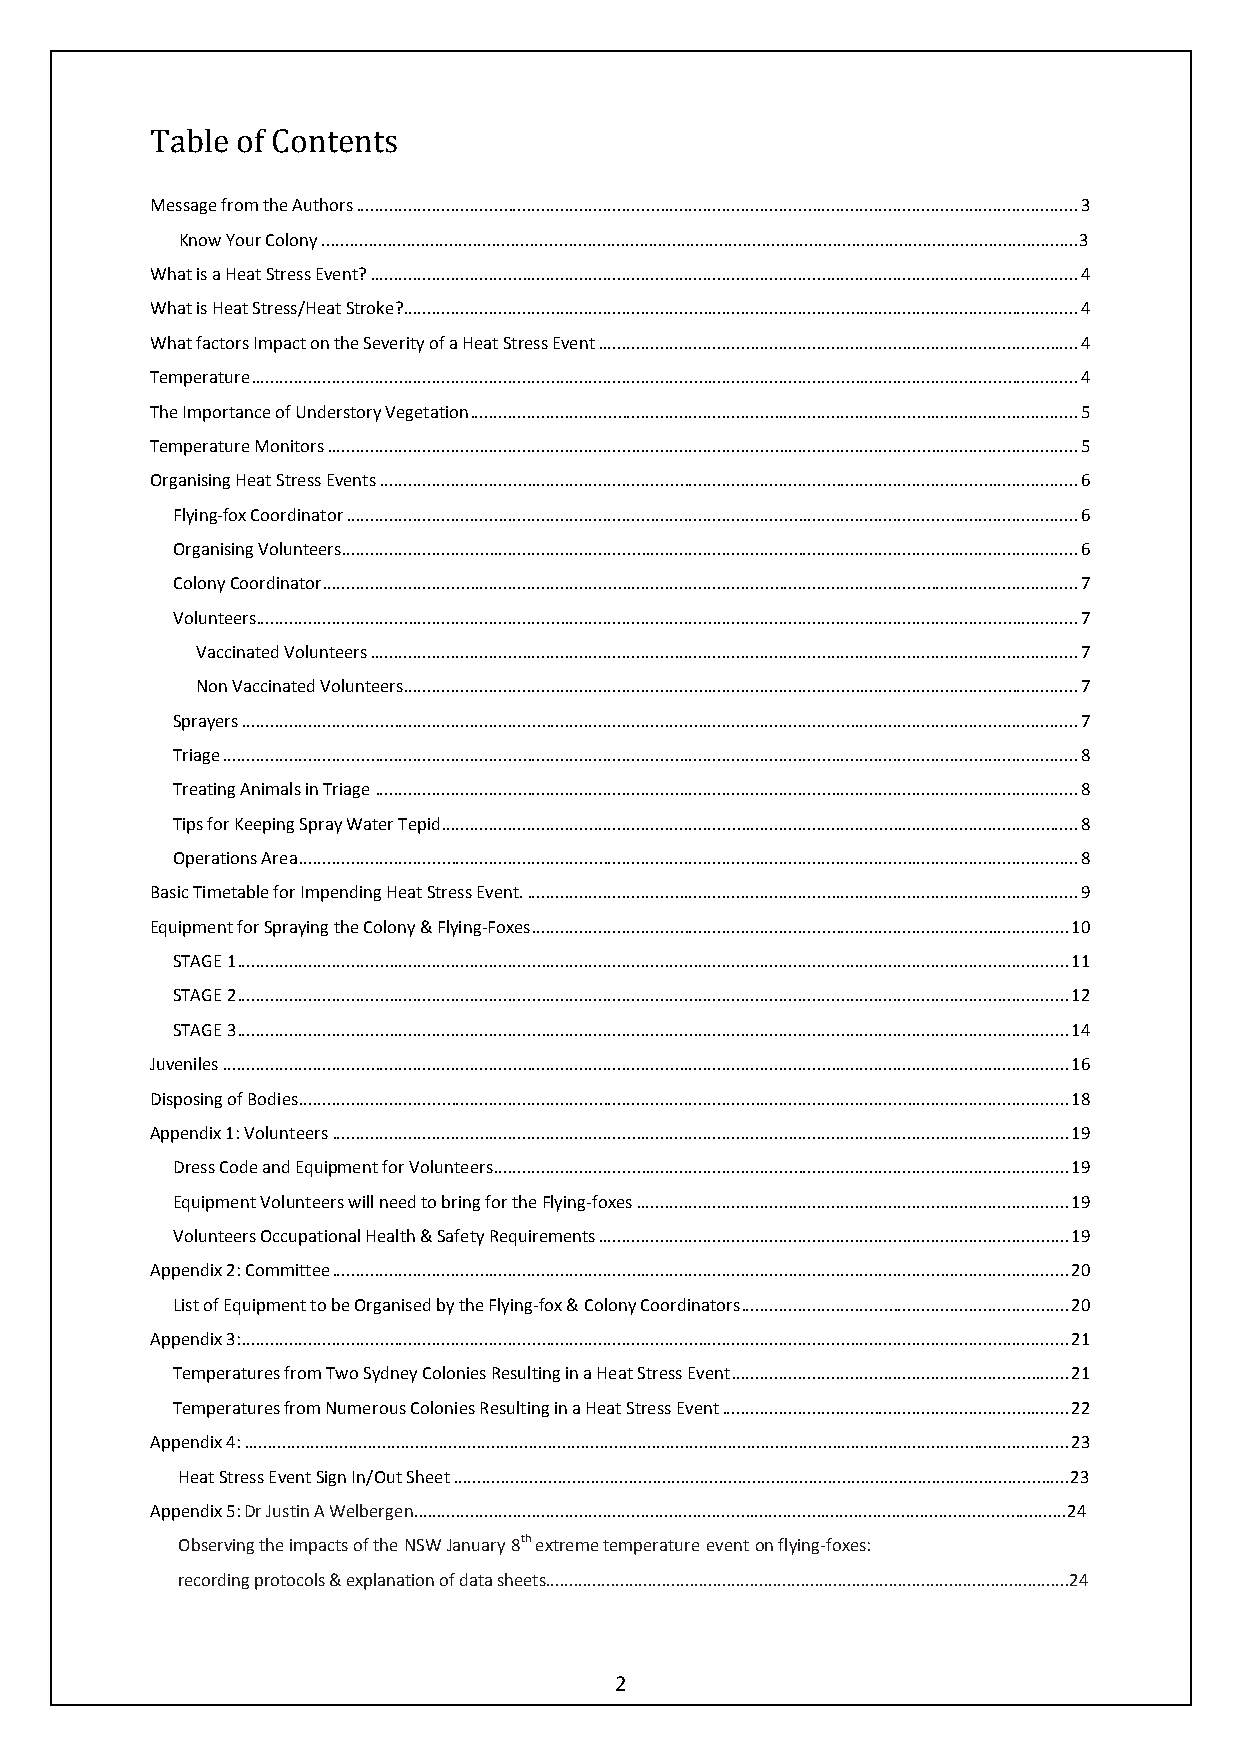
Table of Contents
 Message from the Authors ........................................................................................................................................................ 3
 Know Your Colony ................................................................................................................................................................3
 What is a Heat Stress Event? ..................................................................................................................................................... 4
 What is Heat Stress/Heat Stroke? .............................................................................................................................................. 4
 What factors Impact on the Severity of a Heat Stress Event ..................................................................................................... 4
 Temperature .............................................................................................................................................................................. 4
 The Importance of Understory Vegetation ................................................................................................................................ 5
 Temperature Monitors .............................................................................................................................................................. 5
 Organising Heat Stress Events ................................................................................................................................................... 6
 Flying-fox Coordinator .......................................................................................................................................................... 6
 Organising Volunteers ........................................................................................................................................................... 6
 Colony Coordinator ............................................................................................................................................................... 7
 Volunteers ............................................................................................................................................................................. 7
 Vaccinated Volunteers ..................................................................................................................................................... 7
 Non Vaccinated Volunteers .............................................................................................................................................. 7
 Sprayers ................................................................................................................................................................................ 7
 Triage .................................................................................................................................................................................... 8
 Treating Animals in Triage .................................................................................................................................................... 8
 Tips for Keeping Spray Water Tepid ...................................................................................................................................... 8
 Operations Area .................................................................................................................................................................... 8
 Basic Timetable for Impending Heat Stress Event. .................................................................................................................... 9
 Equipment for Spraying the Colony & Flying-Foxes ................................................................................................................. 10
 STAGE 1 ............................................................................................................................................................................... 11
 STAGE 2 ............................................................................................................................................................................... 12
 STAGE 3 ............................................................................................................................................................................... 14
 Juveniles .................................................................................................................................................................................. 16
 Disposing of Bodies .................................................................................................................................................................. 18
 Appendix 1: Volunteers ........................................................................................................................................................... 19
 Dress Code and Equipment for Volunteers ......................................................................................................................... 19
 Equipment Volunteers will need to bring for the Flying-foxes ........................................................................................... 19
 Volunteers Occupational Health & Safety Requirements ................................................................................................... 19
 Appendix 2: Committee ........................................................................................................................................................... 20
 List of Equipment to be Organised by the Flying-fox & Colony Coordinators ..................................................................... 20
 Appendix 3: .............................................................................................................................................................................. 21
 Temperatures from Two Sydney Colonies Resulting in a Heat Stress Event ....................................................................... 21
 Temperatures from Numerous Colonies Resulting in a Heat Stress Event ......................................................................... 22
 Appendix 4: .............................................................................................................................................................................. 23
 Heat Stress Event Sign In/Out Sheet ..................................................................................................................................23
 Appendix 5: Dr Justin A Welbergen..........................................................................................................................................24
 Observing the impacts of the NSW January 8th extreme temperature event on flying-foxes:
 recording protocols & explanation of data sheets.................................................................................................................24
 2